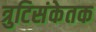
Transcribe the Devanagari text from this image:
त्रुटिसंकेतक